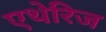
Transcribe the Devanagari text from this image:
एथेरिज